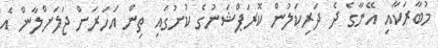
މުބާރަކާއި އޭނާގެ ދެ ދަރިކަލުން ކޮރަޕްޝަނުގެ ކުށުގައި ތިން އަހަރަށް ޖަލަށްލާން އެ